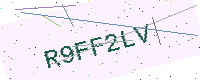
Text: R9FF2LV